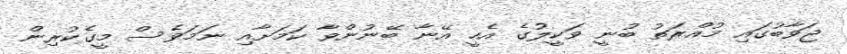
ޖަވާބުގައި މުއްރަތު ބުނީ ވަކީލުގެ އެހީ އޭނާ ބޭނުންވާ ކަމަށާއި ނަމަވެސް މީގެކުރިން